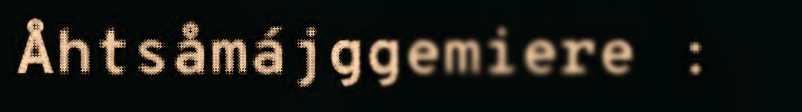
Åhtsåmájggemiere :